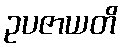
ဥပဇာယတိ